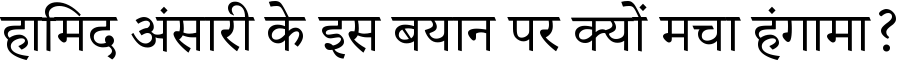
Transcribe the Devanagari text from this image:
हामिद अंसारी के इस बयान पर क्यों मचा हंगामा?